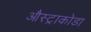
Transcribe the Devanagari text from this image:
औस्ट्राकोडा